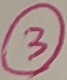
Text: 3